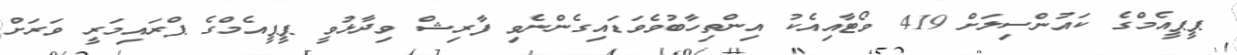
ޕީޕީއެމްގެ ކައުންސިލަށް 419 ވޯޓާއިއެކު އިންތިހާބުވެވަޑައިގެންނެވި ފާރިޝް ވިދާޅުވީ ޕީޕީއެމްގެ ޕްރައިމަރީ ވަރަށް